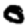
Digit: 0